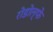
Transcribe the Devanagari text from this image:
रोडोल्फे